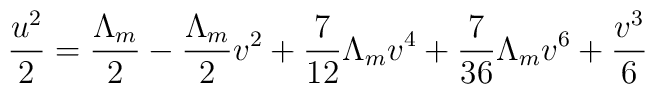
{u^2 \over 2}={\Lambda_m \over 2}-{\Lambda_m \over 2}v^2+{7 \over 12}\Lambda_m v^4+{7 \over 36}\Lambda_m v^6+{v^3 \over 6}